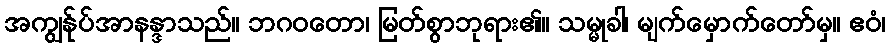
အကျွန်ုပ်အာနန္ဒာသည်။ ဘဂဝတော၊ မြတ်စွာဘုရား၏။ သမ္မုခါ၊ မျက်မှောက်တော်မှ။ ဧဝံ၊